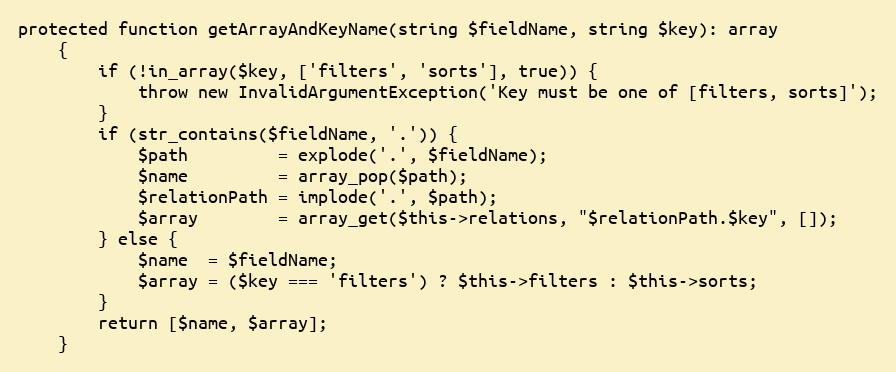
Language: PHP
protected function getArrayAndKeyName(string $fieldName, string $key): array
    {
        if (!in_array($key, ['filters', 'sorts'], true)) {
            throw new InvalidArgumentException('Key must be one of [filters, sorts]');
        }
        if (str_contains($fieldName, '.')) {
            $path         = explode('.', $fieldName);
            $name         = array_pop($path);
            $relationPath = implode('.', $path);
            $array        = array_get($this->relations, "$relationPath.$key", []);
        } else {
            $name  = $fieldName;
            $array = ($key === 'filters') ? $this->filters : $this->sorts;
        }
        return [$name, $array];
    }